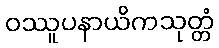
ဝဿူပနာယိကသုတ္တံ